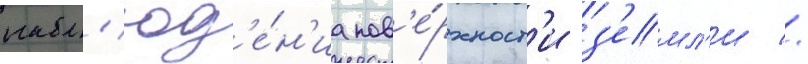
набл'юд'е́н'иа пов'е́рхност'и з'емл'и //